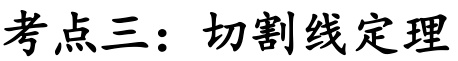
考点三：切割线定理